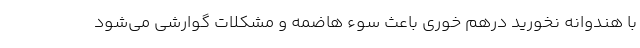
با هندوانه نخورید درهم خوری باعث سوء هاضمه و مشکلات گوارشی می‌شود